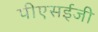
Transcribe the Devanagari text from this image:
पीएसईजी